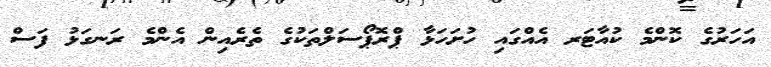
އަހަރުގެ ކޮންމެ ކުއާޓަރ އެއްގައި ހުށަހަޅާ ޕްރޮޕޯސަލްތަކުގެ ތެރެއިން އެންމެ ރަނގަޅު ފަސް